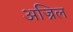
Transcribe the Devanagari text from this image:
अज्रिल